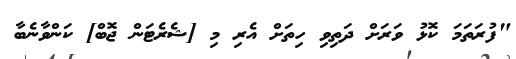
"ފުރަތަމަ ކޮޅު ވަރަށް ދަތިވި ހިތަށް އެރި މި [ޝެރެޓަން ޖޮބް] ކަންވާނެބާ